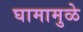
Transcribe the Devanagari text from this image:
घामामुळे